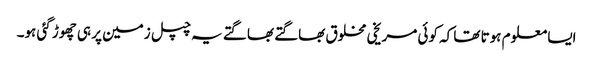
ایسا معلوم ہوتا تھا کہ کوئی مریخی مخلوق بھاگتے بھاگتے یہ چپل زمین پر ہی چھوڑ گئی ہو۔